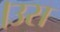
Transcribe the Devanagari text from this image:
।उस